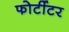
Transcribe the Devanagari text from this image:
फोर्टीटर